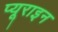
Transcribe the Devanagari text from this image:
प्यूराइन